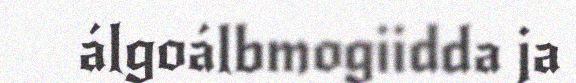
álgoálbmogiidda ja